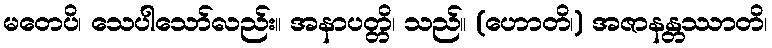
မတေပိ၊ သေပါသော်လည်း။ အနာပတ္တိ၊ သည်။ (ဟောတိ၊) အဇာနန္တဿာတိ၊